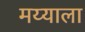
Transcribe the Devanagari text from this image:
मय्याला